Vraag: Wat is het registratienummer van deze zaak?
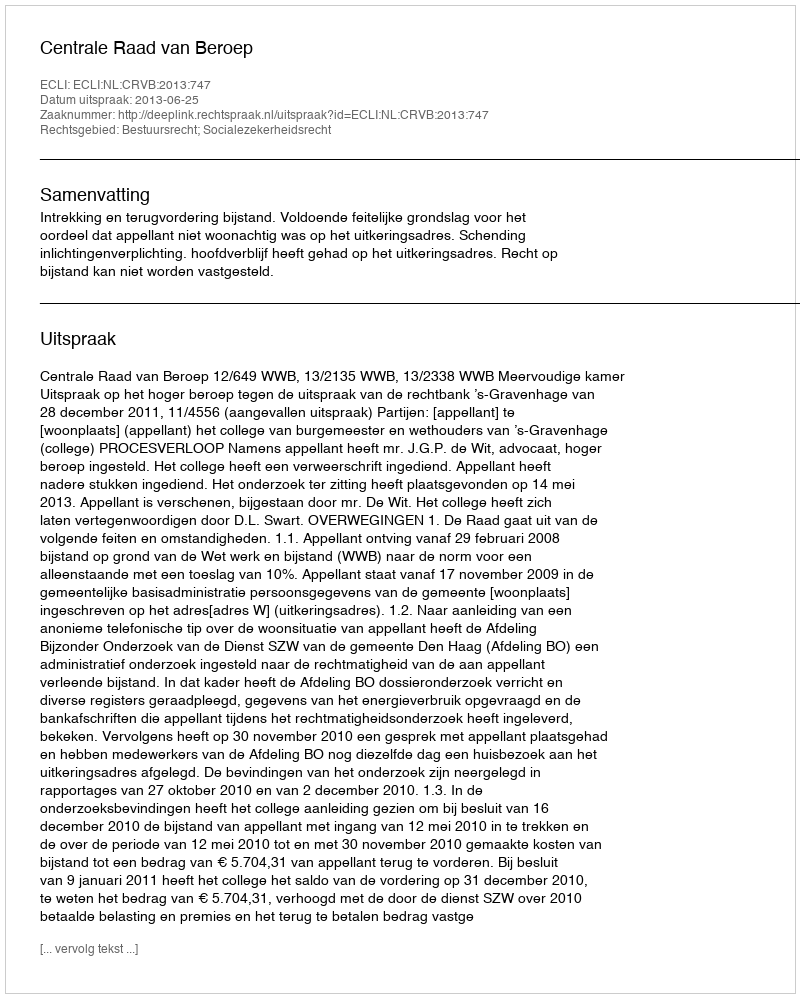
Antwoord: http://deeplink.rechtspraak.nl/uitspraak?id=ECLI:NL:CRVB:2013:747